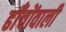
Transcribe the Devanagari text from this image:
ढाँचोंवाली